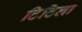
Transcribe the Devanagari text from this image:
टिटिला